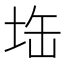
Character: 𭎘